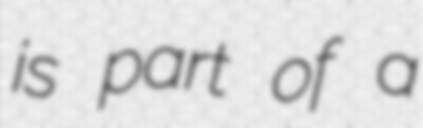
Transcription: is part of a